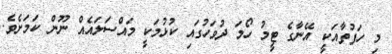
މި ހަފުތާއަކީ އޭނާގެ ޓީމު ހޯމަ ދުވަހުގައި ކުޅުމަކީ މައްސަލައެއް ނޫން ކަމަށެވެ.